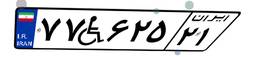
۷۷W۶۲۵۲۱